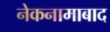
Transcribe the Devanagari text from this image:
नेकनामाबाद